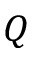
Q